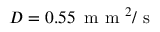
D = 0 . 5 5 \, \mathrm { ~ m ~ m ~ } ^ { 2 } / \mathrm { ~ s ~ }